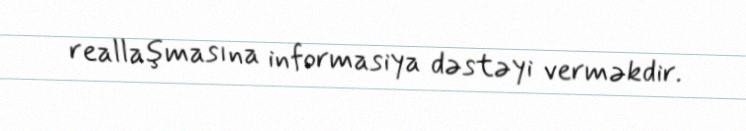
reallaşmasına informasiya dəstəyi verməkdir.